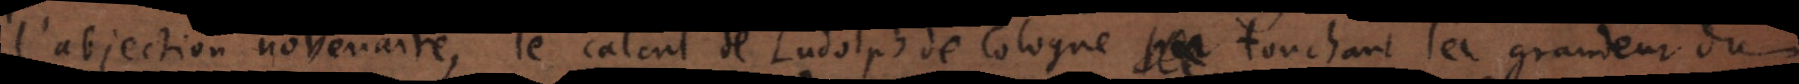
l’abjection novenaire, le calcul de Ludolph de Cologne touchant la grandeur du